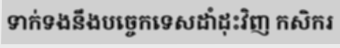
ទាក់ទងនឹងបច្ចេកទេសដាំដុះវិញ កសិករ